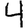
Digit: 4